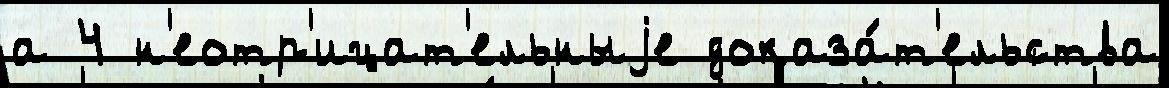
а 4 н'еотр'ицат'ельныjе доказа́т'ельства